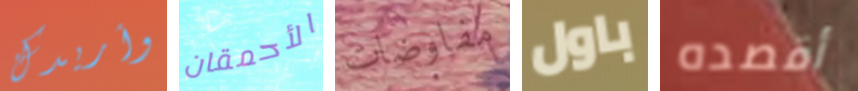
وأريدك الأحمقان مفاوضات باول أقصده